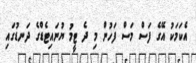
އެކަމަކު އޭގެ ފަސް މަސް ފަހުން މި ދެ ޓީމު ޔުނައިޓެޑްގެ ދަނޑުގައި